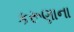
કરૂણાના